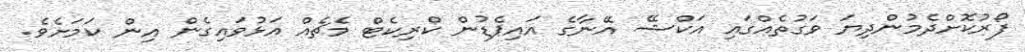
ފޯރުކޮށްދެމުންދިޔަ ވަގުތެއްގައި އަކްޝޭ އޭނާގެ އައިޕެޑުން ކްރިކެޓް މެޗެއް އަޅުވައިގެން އިން ކަމަށެވެ.